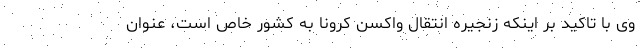
وی با تاکید بر اینکه زنجیره انتقال واکسن کرونا به کشور خاص است، عنوان